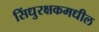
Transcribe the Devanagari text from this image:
सिंधुरक्षकमधील